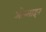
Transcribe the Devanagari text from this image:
ओन्लाइन